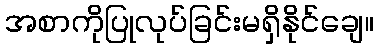
အစာကိုပြုလုပ်ခြင်းမရှိနိုင်ချေ။